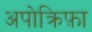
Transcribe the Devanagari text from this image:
अपोक्रिफ़ा